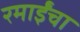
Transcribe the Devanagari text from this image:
रमाईंचा